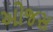
ઓજસ